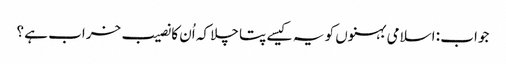
جواب : اسلامی بہنوں کو یہ کیسے پتا چلا کہ اُن کا نصیب خراب ہے ؟